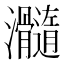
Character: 𤅵